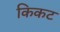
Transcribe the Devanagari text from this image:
किकट